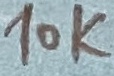
Text: 10K